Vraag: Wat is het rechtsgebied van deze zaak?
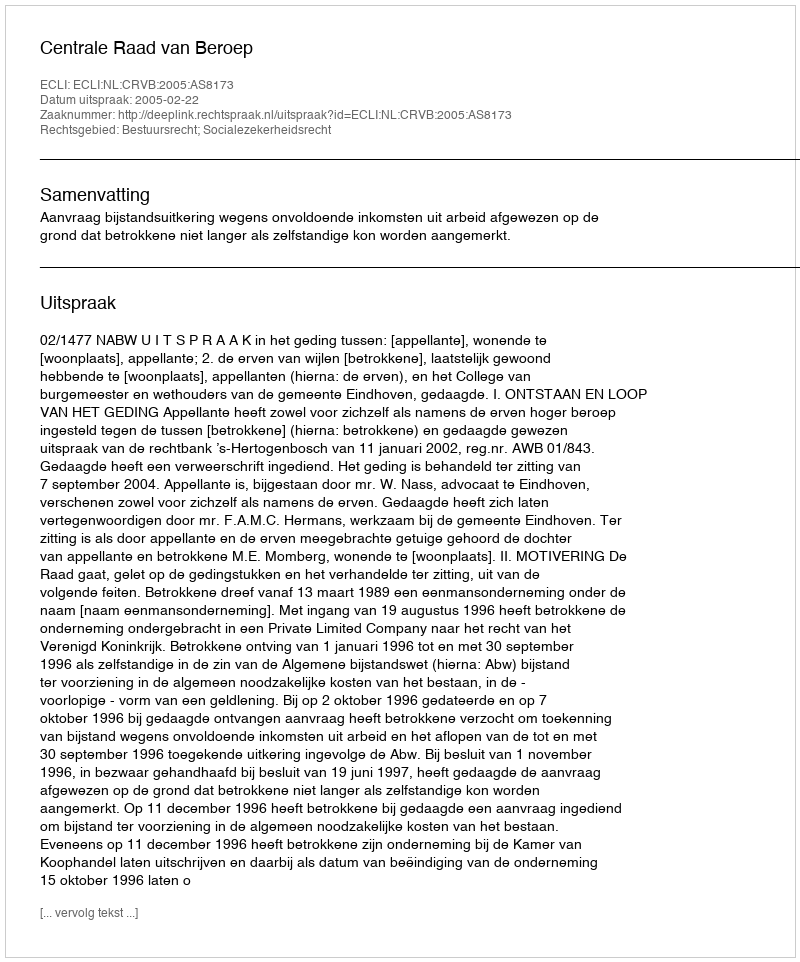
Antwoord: Bestuursrecht; Socialezekerheidsrecht